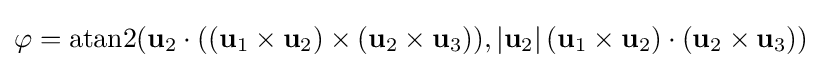
\varphi =\operatorname {atan2} (\mathbf {u} _{2}\cdot ((\mathbf {u} _{1}\times \mathbf {u} _{2})\times (\mathbf {u} _{2}\times \mathbf {u} _{3})),|\mathbf {u} _{2}|\,(\mathbf {u} _{1}\times \mathbf {u} _{2})\cdot (\mathbf {u} _{2}\times \mathbf {u} _{3}))